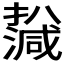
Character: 𤁙